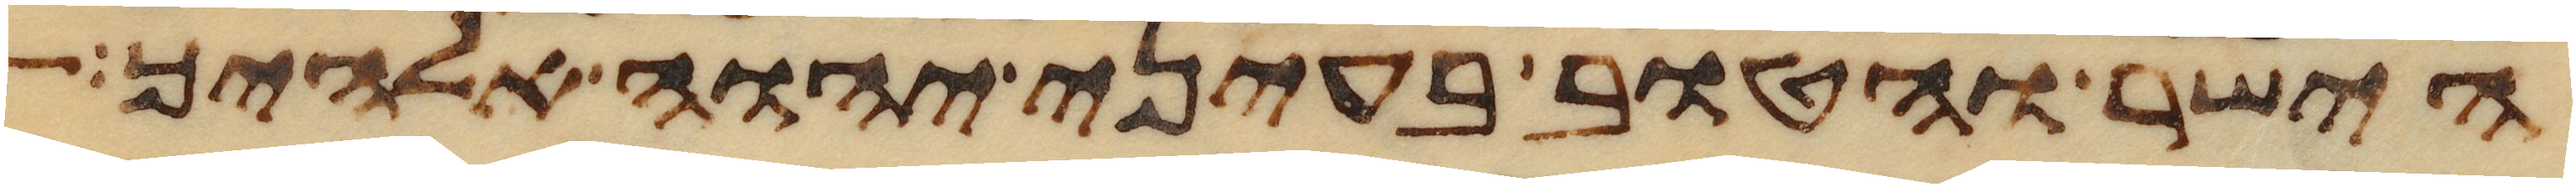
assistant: הישר והטוב בעיני יהוה אלהיך